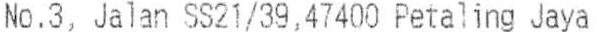
NO.3, JALAN SS21/39,47400 PETALING JAYA